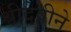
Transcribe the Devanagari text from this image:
श्रीदेवीने